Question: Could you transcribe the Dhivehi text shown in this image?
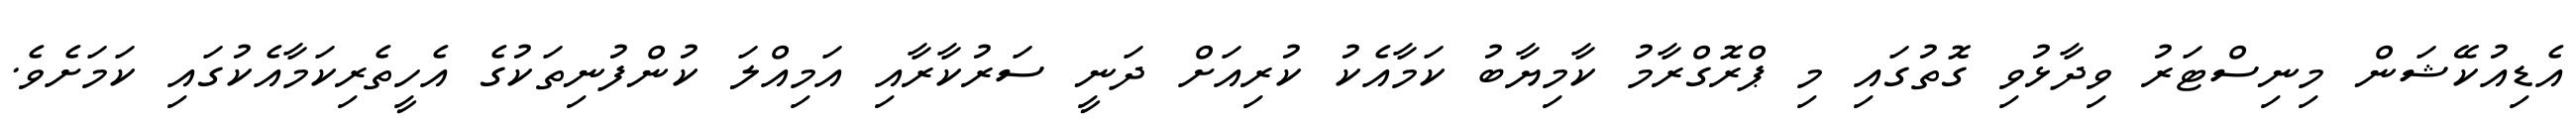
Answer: އެޑިއުކޭޝަން މިނިސްޓަރު ވިދާޅުވި ގޮތުގައި މި ޕްރޮގްރާމު ކާމިޔާބު ކަމާއެކު ކުރިއަށް ދަނީ ސަރުކާރާއި އަމިއްލަ ކުންފުނިތަކުގެ އެހީތެރިކަމާއެކުގައި ކަމަށެވެ.